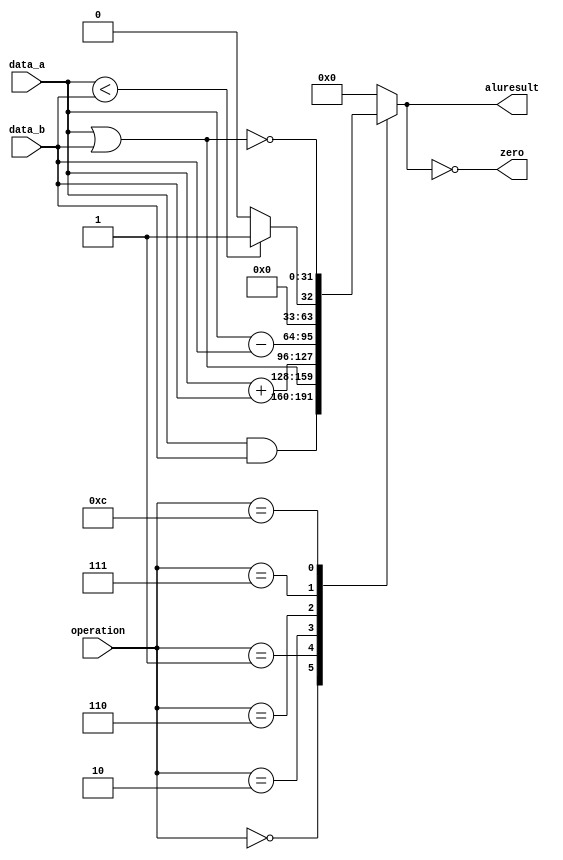
`timescale 1ns / 1ns

module alu(
    input[31:0] data_a,
    input[31:0] data_b,
    input[3:0] operation,
    output reg[31:0] aluresult,
    output zero
);

    assign zero = (aluresult == 1'b0);

    always @ (operation or data_a or data_b) begin
        case (operation)
            4'b0000: begin //and
                aluresult <= data_a & data_b;
            end
            4'b0001: begin //or
                aluresult <= data_a | data_b;
            end
            4'b0010: begin //add
                aluresult <= data_a + data_b;
            end
            4'b0110: begin //subtract
                aluresult <= data_a - data_b;
            end
            4'b0111: begin //slt
                aluresult <=  data_a < data_b ? 1 : 0;
            end
            4'b1100: begin //nor
                aluresult <= ~( data_a  | data_b );
            end
            default: begin
                aluresult <= 0;
            end
        endcase
    end
endmodule